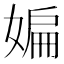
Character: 媥